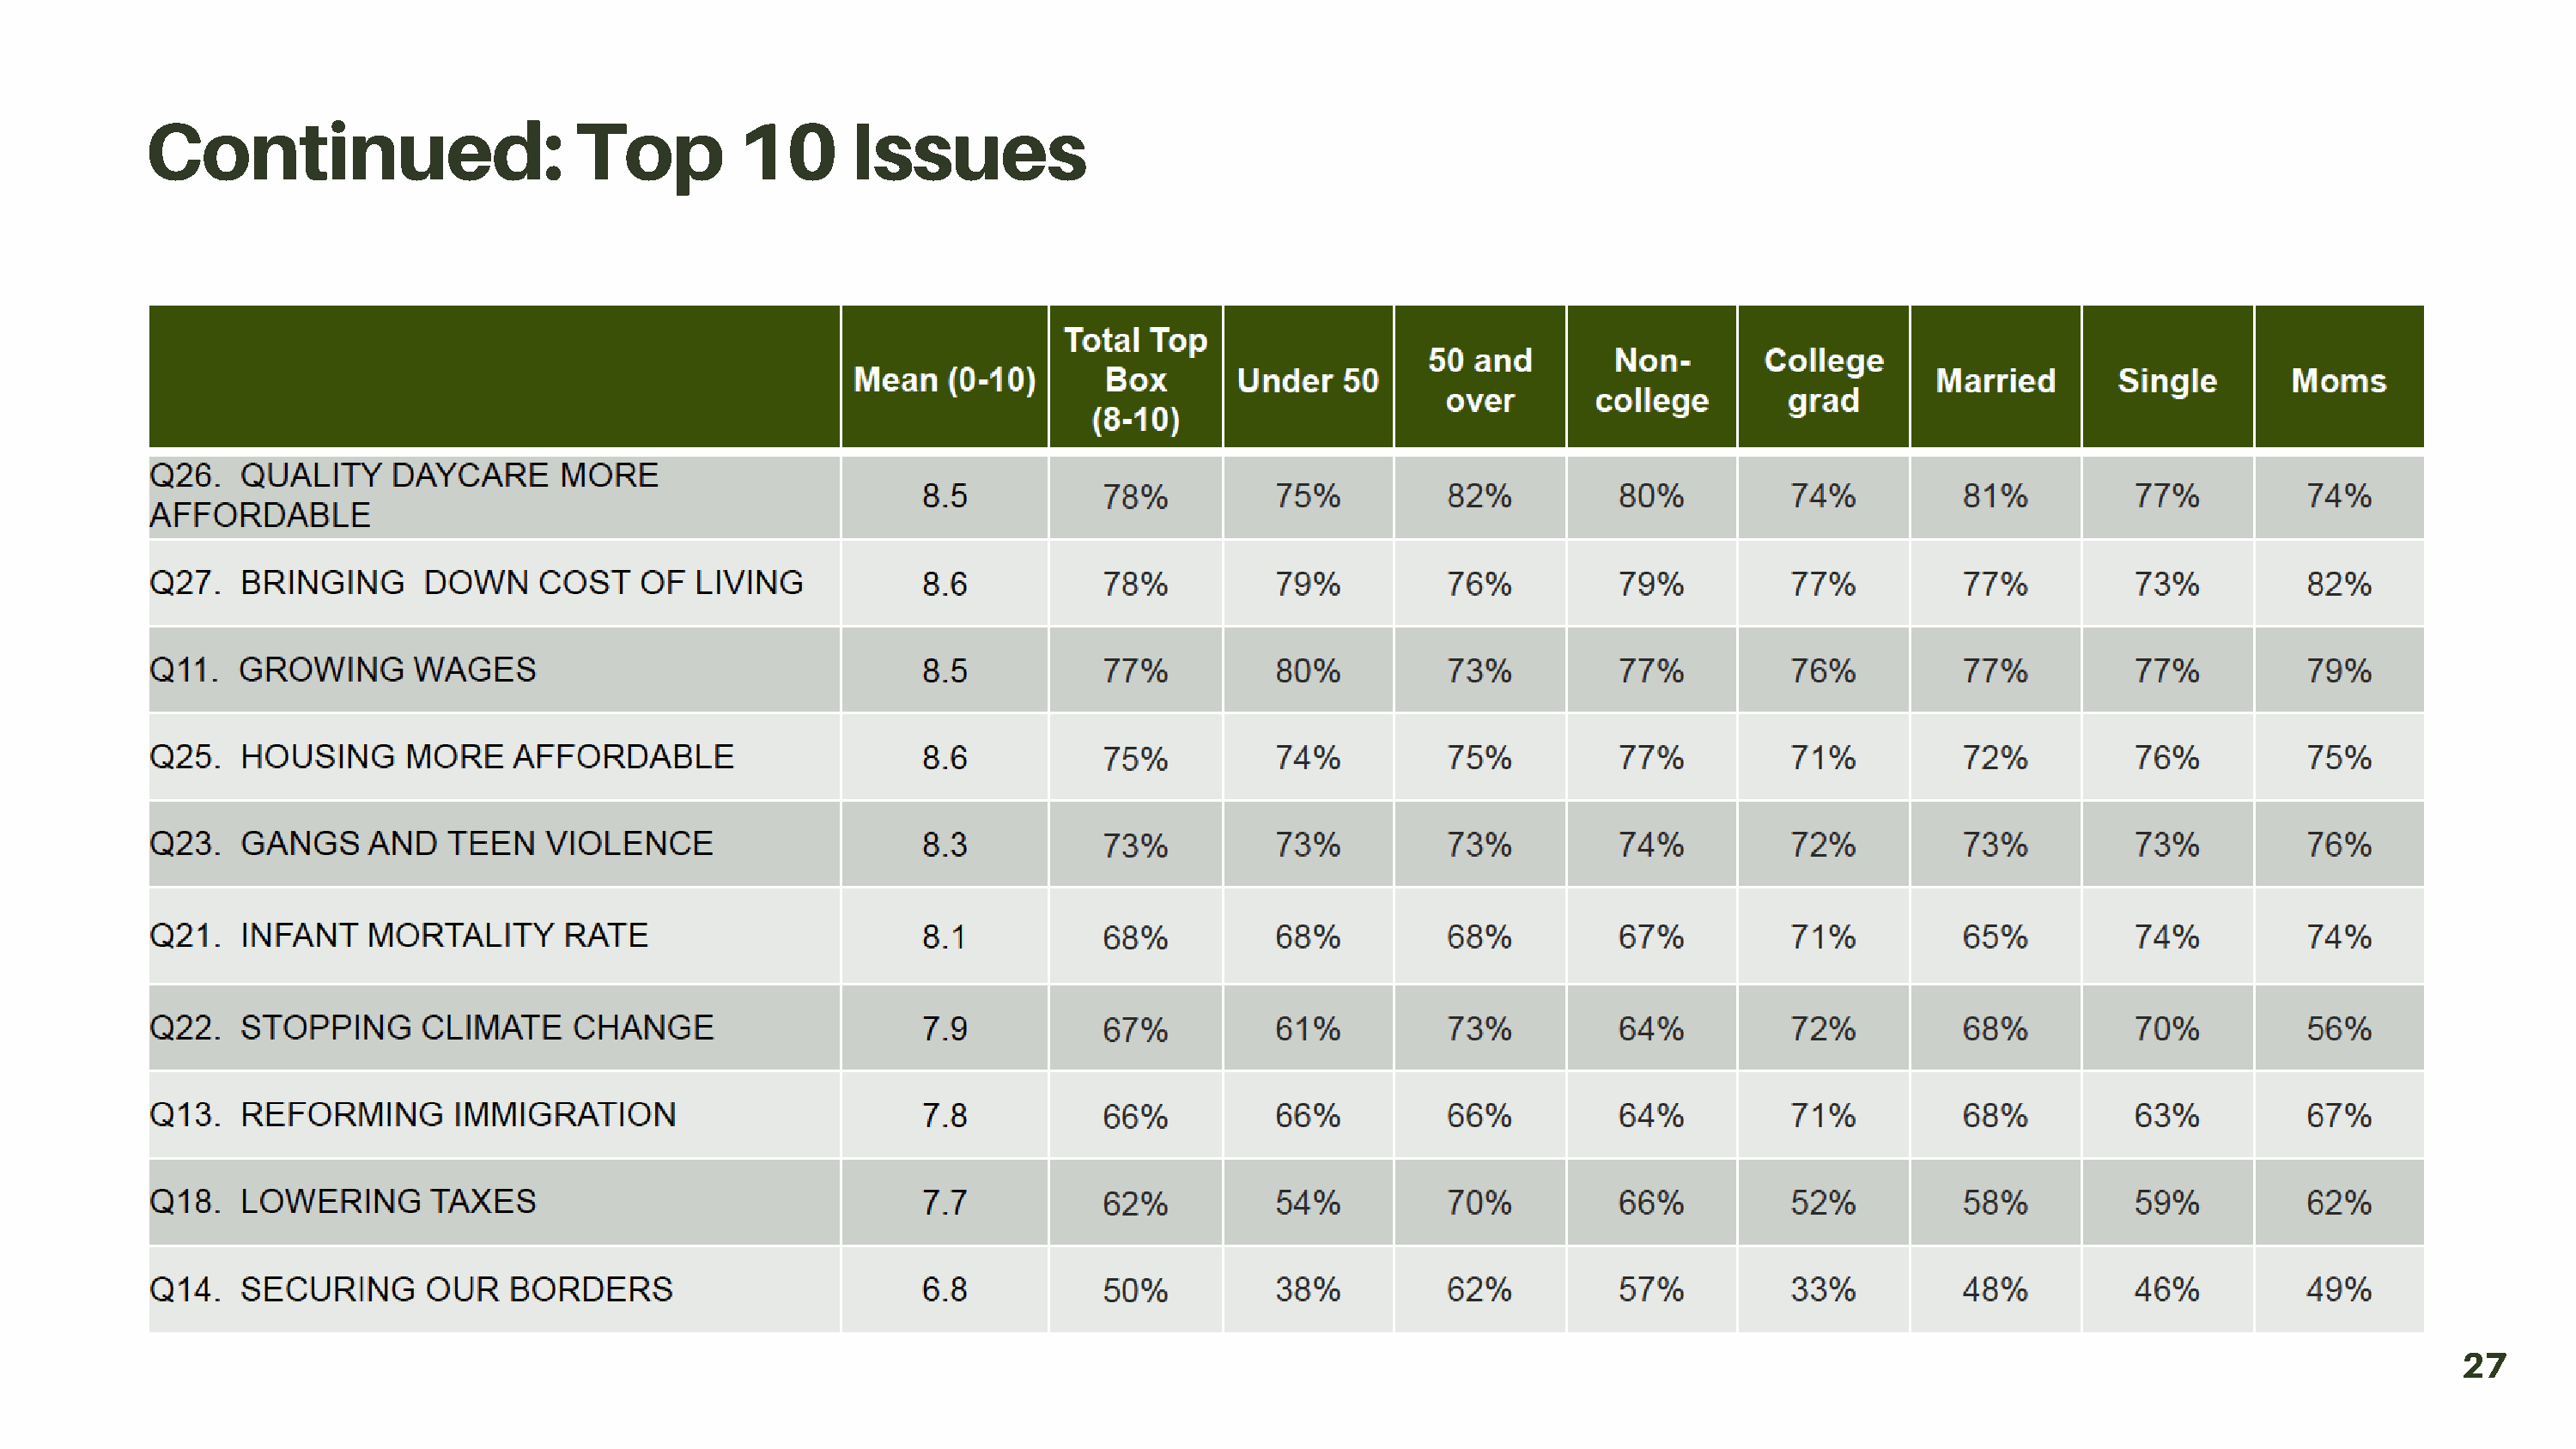
Continued:                       Top          10       Issues
 27